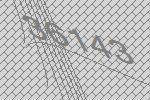
36143